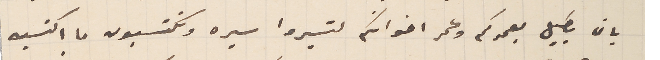
بان يطيل بعمركم وعمر اخوانكم لتسيروا سيره وتكتسبون ما اكتسبه